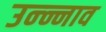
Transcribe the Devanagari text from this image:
उन्न्नाव